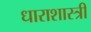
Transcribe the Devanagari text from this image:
धाराशास्त्री